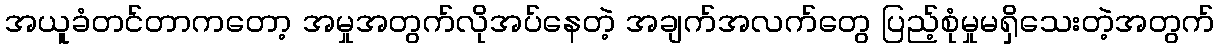
အယူခံတင်တာကတော့ အမှုအတွက်လိုအပ်နေတဲ့ အချက်အလက်တွေ ပြည့်စုံမှုမရှိသေးတဲ့အတွက်